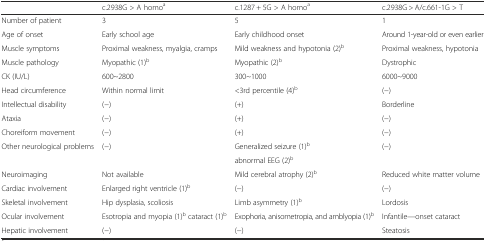
<table><thead><tr><td></td><td><b>c.2938G &gt; A homo<sup>a</sup></b></td><td><b>c.1287 + 5G &gt; A homo<sup>a</sup></b></td><td><b>c.2938G &gt; A/c.661-1G &gt; T</b></td></tr></thead><tbody><tr><td>Number of patient</td><td>3</td><td>5</td><td>1</td></tr><tr><td>Age of onset</td><td>Early school age</td><td>Early childhood onset</td><td>Around 1-year-old or even earlier</td></tr><tr><td>Muscle symptoms</td><td>Proximal weakness, myalgia, cramps</td><td>Mild weakness and hypotonia (2)<sup>b</sup></td><td>Proximal weakness, hypotonia</td></tr><tr><td>Muscle pathology</td><td>Myopathic (1)<sup>b</sup></td><td>Myopathic (2)<sup>b</sup></td><td>Dystrophic</td></tr><tr><td>CK (IU/L)</td><td>600~2800</td><td>300~1000</td><td>6000~9000</td></tr><tr><td>Head circumference</td><td>Within normal limit</td><td>&lt;3rd percentile (4)<sup>b</sup></td><td>(−)</td></tr><tr><td>Intellectual disability</td><td>(−)</td><td>(+)</td><td>Borderline</td></tr><tr><td>Ataxia</td><td>(−)</td><td>(+)</td><td>(−)</td></tr><tr><td>Choreiform movement</td><td>(−)</td><td>(+)</td><td>(−)</td></tr><tr><td rowspan="2">Other neurological problems</td><td rowspan="2">(−)</td><td>Generalized seizure (1)<sup>b</sup></td><td rowspan="2">(−)</td></tr><tr><td>abnormal EEG (2)<sup>b</sup></td></tr><tr><td>Neuroimaging</td><td>Not available</td><td>Mild cerebral atrophy (2)<sup>b</sup></td><td>Reduced white matter volume</td></tr><tr><td>Cardiac involvement</td><td>Enlarged right ventricle (1)<sup>b</sup></td><td>(−)</td><td>(−)</td></tr><tr><td>Skeletal involvement</td><td>Hip dysplasia, scoliosis</td><td>Limb asymmetry (1)<sup>b</sup></td><td>Lordosis</td></tr><tr><td>Ocular involvement</td><td>Esotropia and myopia (1)<sup>b</sup> cataract (1)<sup>b</sup></td><td>Exophoria, anisometropia, and amblyopia (1)<sup>b</sup></td><td>Infantile—onset cataract</td></tr><tr><td>Hepatic involvement</td><td>(−)</td><td>(−)</td><td>Steatosis</td></tr></tbody></table>